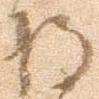
将